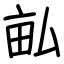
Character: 畆